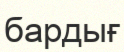
бардығ